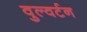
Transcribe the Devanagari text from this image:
वुल्वर्टन